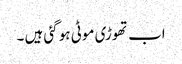
اب تھوڑی موٹی ہو گئی ہیں ۔